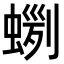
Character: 𧍼